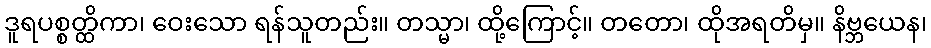
ဒူရပစ္စတ္ထိကာ၊ ဝေးသော ရန်သူတည်း။ တသ္မာ၊ ထို့ကြောင့်။ တတော၊ ထိုအရတိမှ။ နိဗ္ဘယေန၊